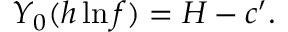
Y _ { 0 } ( h \ln f ) = H - c ^ { \prime } .